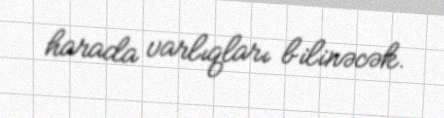
harada varlıqları bilinəcək.